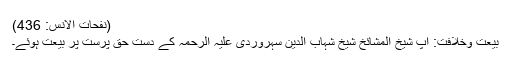
(نفحات الانس: 436)
بیعت وخلافت: آپ شیخ المشائخ شیخ شہاب الدین سہروردی علیہ الرحمہ کے دستِ حق پرست پر بیعت ہوئے۔